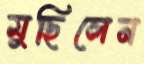
মুছিলেন